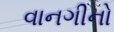
વાનગીનો